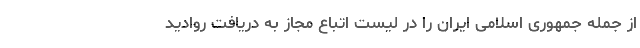
از جمله جمهوری اسلامی ایران را در لیست اتباع مجاز به دریافت روادید